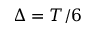
\Delta = T / 6